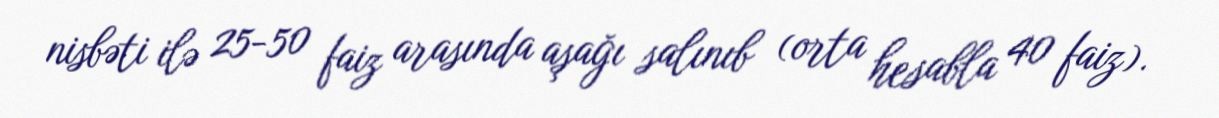
nisbəti ilə 25-50 faiz arasında aşağı salınıb (orta hesabla 40 faiz).